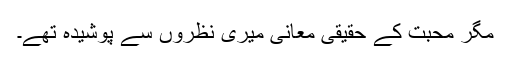
مگر محبت کے حقیقی معانی میری نظروں سے پوشیدہ تھے۔